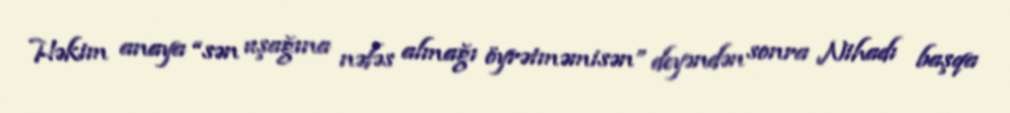
Həkim anaya “sən uşağına nəfəs almağı öyrətməmisən” deyəndən sonra Nihadı başqa